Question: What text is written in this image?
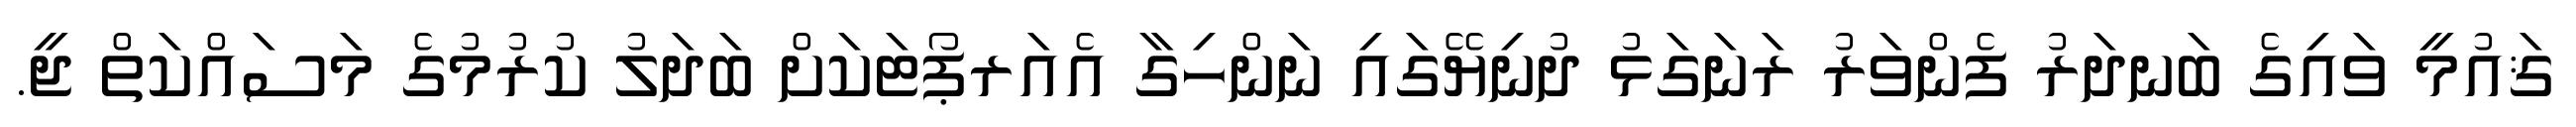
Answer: ޤައުމީ ވައިގެ ބަނދަރު ފެންވަރު ރަނަގަޅު ދުނިޔޭގައި ނަންހިގާ އެއަރޕޯޓަކަށް ބަދަލު ކުރުމުގެ މަސައްކަތް ޖީ.